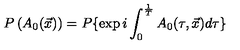
P \left( A _ { 0 } ( \vec { x } ) \right) = P \{ \exp { i \int _ { 0 } ^ { { \frac { 1 } { T } } } A _ { 0 } ( \tau , \vec { x } ) d \tau } \}